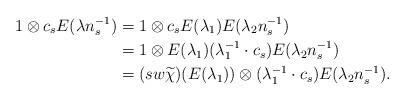
LaTeX: \begin{align*}1\otimes c_sE(\lambda n_s^{-1}) & = 1\otimes c_sE(\lambda_1)E(\lambda_2 n_s^{-1})\\& = 1\otimes E(\lambda_1)(\lambda_1^{-1}\cdot c_s)E(\lambda_2 n_s^{-1})\\& = (sw\widetilde{\chi})(E(\lambda_1))\otimes(\lambda_1^{-1}\cdot c_s)E(\lambda_2 n_s^{-1}).\end{align*}